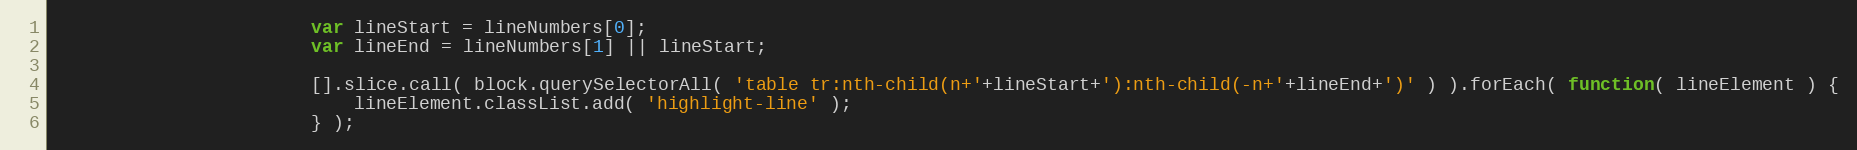
Language: JavaScript
						var lineStart = lineNumbers[0];
						var lineEnd = lineNumbers[1] || lineStart;

						[].slice.call( block.querySelectorAll( 'table tr:nth-child(n+'+lineStart+'):nth-child(-n+'+lineEnd+')' ) ).forEach( function( lineElement ) {
							lineElement.classList.add( 'highlight-line' );
						} );